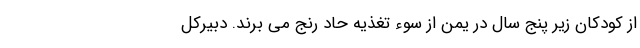
از کودکان زیر پنج سال در یمن از سوء تغذیه حاد رنج می برند. دبیرکل